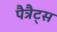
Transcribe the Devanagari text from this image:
पैत्रैट्स